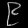
Digit: ၉